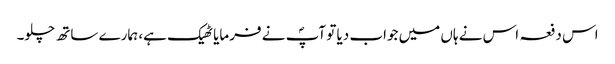
اس دفعہ اس نے ہاں میں جواب دیا تو آپؐ نے فرمایا ٹھیک ہے، ہمارے ساتھ چلو۔